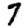
Digit: 7